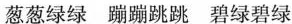
葱葱绿绿 蹦蹦跳跳 碧绿碧绿